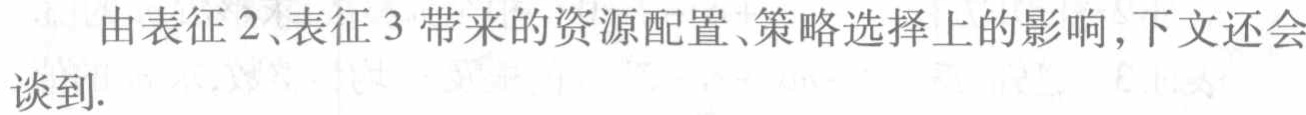
由表征 2、表征 3 带来的资源配置、策略选择上的影响,下文还会谈到.